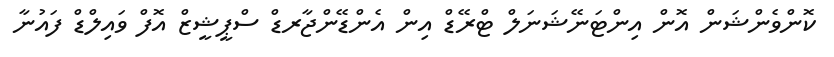
ކޮންވެންޝަން އޮން އިންޓަނޭޝަނަލް ޓްރޭޑް އިން އެންޑޭންޖާރޑް ސްޕީޝީޒް އޮފް ވައިލްޑް ފައުނާ